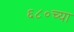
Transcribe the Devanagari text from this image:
६८०च्या